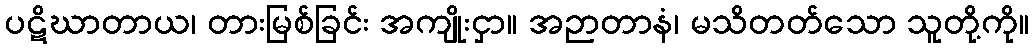
ပဋိဃာတာယ၊ တားမြစ်ခြင်း အကျိုးငှာ။ အဉာတာနံ၊ မသိတတ်သော သူတို့ကို။